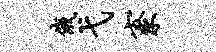
俄弋寮